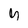
Character: y